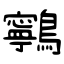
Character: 鸋